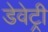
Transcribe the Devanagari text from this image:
डेवेट्री